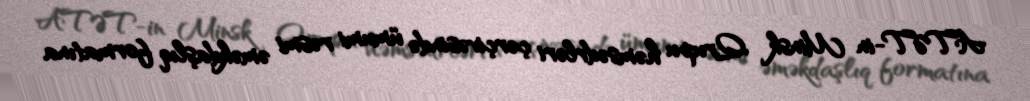
ATƏT-in Minsk Qrupu həmsədrləri çərçivəsində ümumi rəsmi əməkdaşlıq formatına